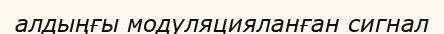
алдыңғы модуляцияланған сигнал